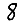
Digit: 8